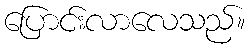
ပြောင်းလာလေသည်။